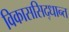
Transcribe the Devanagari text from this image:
विकाससिद्धान्त